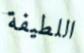
اللطيفة